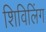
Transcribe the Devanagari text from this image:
शिविलिंग